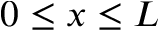
0 \le x \le L